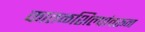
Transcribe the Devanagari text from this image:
कातळशिल्पांवरून